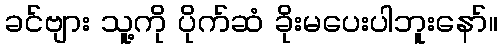
ခင်ဗျား သူ့ကို ပိုက်ဆံ ခိုးမပေးပါဘူးနော်။